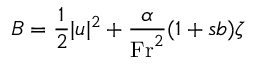
B = \frac { 1 } { 2 } | \boldsymbol { u } | ^ { 2 } + \frac { \alpha } { \mathrm { F r } ^ { 2 } } ( 1 + \mathfrak { s } b ) \zeta